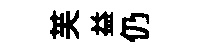
芙益仍